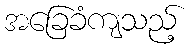
အခြေခံကျသည့်